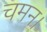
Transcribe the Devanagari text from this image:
चमन।